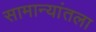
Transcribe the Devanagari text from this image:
सामान्यांतला